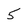
Character: 5